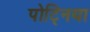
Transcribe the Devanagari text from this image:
पोट्निया